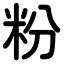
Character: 粉